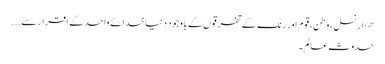
ھزار نسل ، وطن ، قوم اور رنگ کے تفرقوں کے باوجود دنیا خدائے واحدکے اقرار سے...
حدوث عالم ۔